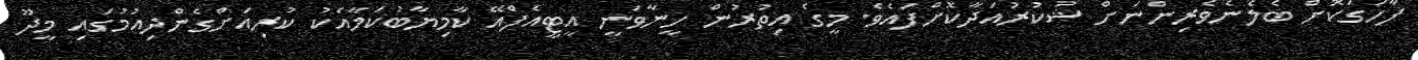
ފާހަގަކޮށް ބެލެނެވެރިންނަށް ޝުކުރުއަދާކޮށްފައެވެ. މީގެ އިތުރުން ހީނާވަނީ އީޓީއެފްއޭ ކާމިޔާބުކަމާއެކު ކުރިއަށްގެންދިއުމުގައި މީދޫ